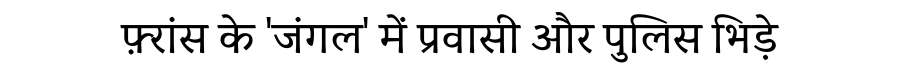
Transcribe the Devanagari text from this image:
फ़्रांस के 'जंगल' में प्रवासी और पुलिस भिड़े